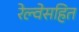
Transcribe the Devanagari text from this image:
रेल्वेसहित